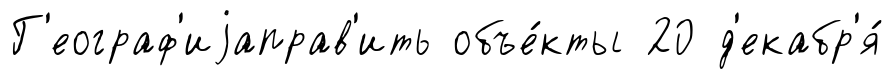
Г'еограф'иjаправ'ить объе́кты 20 д'екабр'я́